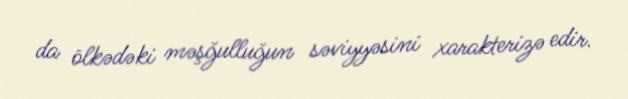
da ölkədəki məşğulluğun səviyyəsini xarakterizə edir.